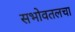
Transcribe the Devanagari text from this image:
सभोवतलचा